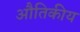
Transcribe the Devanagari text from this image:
औतिकीय